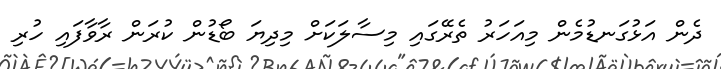
ދެން އަޅުގަނޑުމެން މިއަހަރު ތެރޭގައި މިސާލަކަށް މިދިޔަ ބޯޑުން ކުރަން ރާވާފައި ހުރި